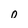
Character: O